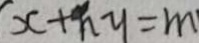
x + n y = m